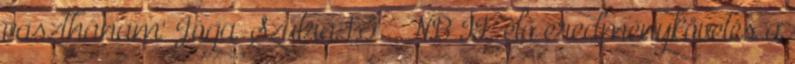
vaszthánam' Jóga-Szútra 1,3. . NB II: élő eredménykövetés a